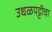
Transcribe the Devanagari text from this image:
उधळपट्टीचा